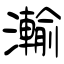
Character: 瀭